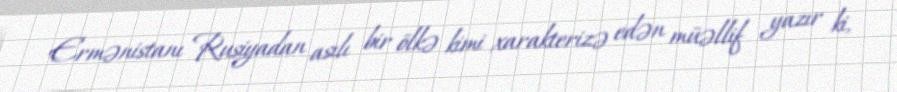
Ermənistanı Rusiyadan asılı bir ölkə kimi xarakterizə edən müəllif yazır ki,